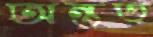
অন্তত